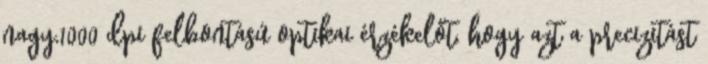
nagy,1000 dpi felbontású optikai érzékelőt, hogy azt a precizitást